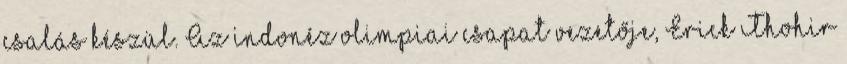
csalás készül. Az indonéz olimpiai csapat vezetője, Erick Thohir